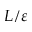
L / \varepsilon